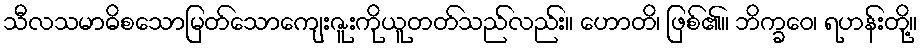
သီလသမာဓိစသောမြတ်သောကျေးဇူးကိုယူတတ်သည်လည်း။ ဟောတိ၊ ဖြစ်၏။ ဘိက္ခဝေ၊ ရဟန်းတို့။